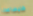
فليساعدنا